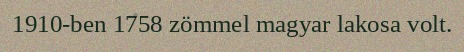
1910-ben 1758 zömmel magyar lakosa volt.